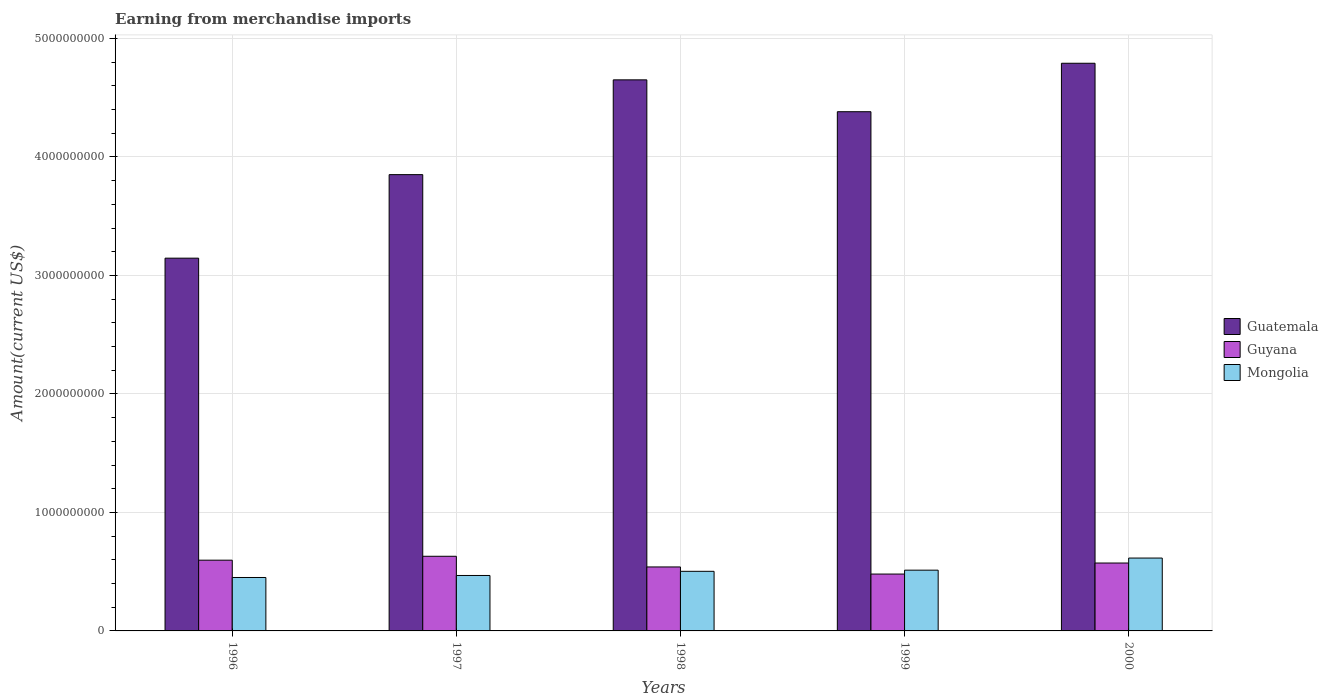
| Years | Guatemala | Guyana | Mongolia |
 | --- | --- | --- | --- |
 | 1996 | 3.15e+09 | 5.97e+08 | 4.51e+08 |
 | 1997 | 3.85e+09 | 6.3e+08 | 4.68e+08 |
 | 1998 | 4.65e+09 | 5.4e+08 | 5.03e+08 |
 | 1999 | 4.38e+09 | 4.8e+08 | 5.13e+08 |
 | 2000 | 4.79e+09 | 5.73e+08 | 6.15e+08 |